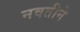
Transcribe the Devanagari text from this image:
नवतीने